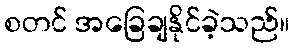
စတင် အခြေချနိုင်ခဲ့သည်။